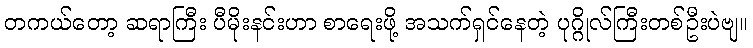
တကယ်တော့ ဆရာကြီး ပီမိုးနင်းဟာ စာရေးဖို့ အသက်ရှင်နေတဲ့ ပုဂ္ဂိုလ်ကြီးတစ်ဦးပဲဗျ။